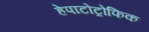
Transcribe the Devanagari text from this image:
हेपाटोट्रोफिक